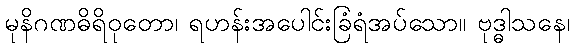
မုနိဂဏဓိရိဝုတော၊ ရဟန်းအပေါင်းခြံရံအပ်သော။ ဗုဒ္ဓါသနေ၊